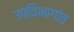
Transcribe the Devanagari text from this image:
उपविभागांत